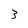
Character: 3